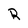
Character: R